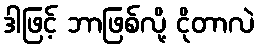
ဒါဖြင့် ဘာဖြစ်လို့ ငိုတာလဲ